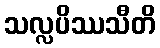
သလ္လပိဿသီတိ